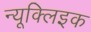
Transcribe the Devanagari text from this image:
न्यूक्लिइक